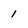
Character: 1